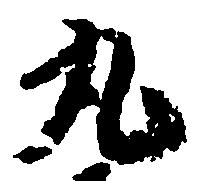
丸